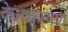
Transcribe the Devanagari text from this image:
केआकर्षण